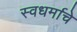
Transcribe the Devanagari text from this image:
स्वधर्माचे